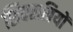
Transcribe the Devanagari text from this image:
शिवरात्रियों